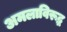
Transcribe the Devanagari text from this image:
अमलाविरूद्ध